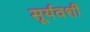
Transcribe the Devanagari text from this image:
सूर्यवशीं